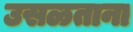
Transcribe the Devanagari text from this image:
उसळताना